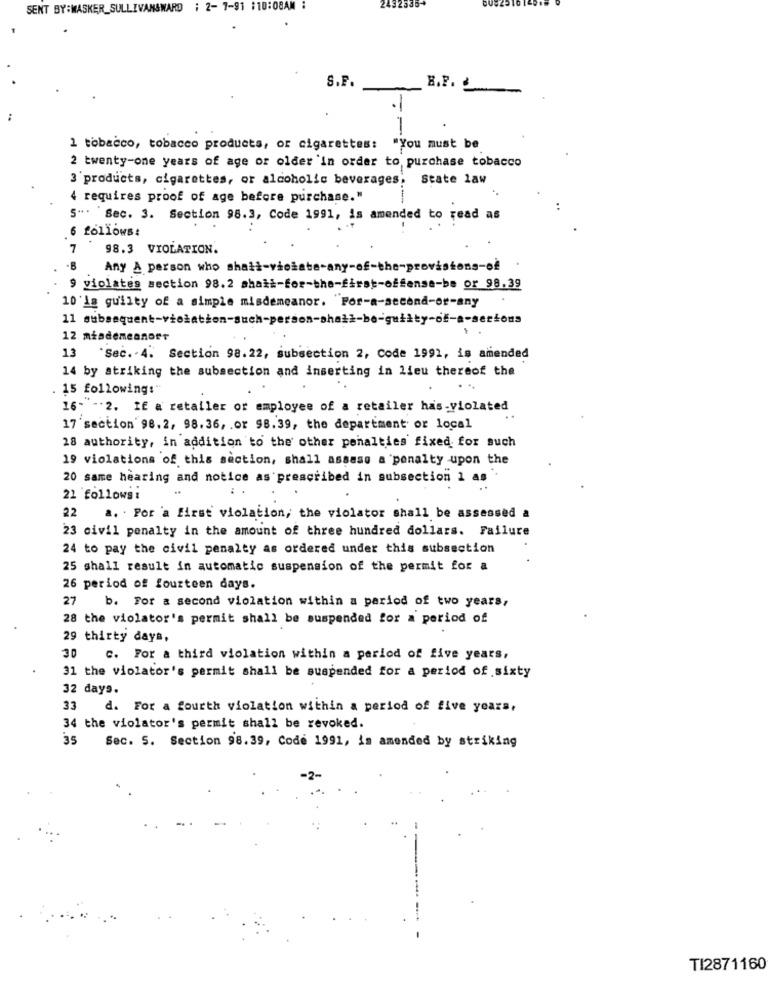
SENT BY:MASKER_SULLIVANSWARD : 2- 7-91 :10:08AM :
2432335-
S.F.
H.F. &
.1
1
1 tobacco, tobacco products, or cigarettes: "You must be
2 twenty-one years of age or older In order to purchase tobacco
3'products, cigarettes, or alcoholic beverages; State law
4 requires proof of age before purchase."
S". "Sec. 3. Section 98.3, Code 1991, is amended to read as
6 follows:
7
98.3 VIOLATION.
Any A person who shat
-of-the-p
ovistons-of
9 violates section 98.2 ahait-for-the-first-offense-be or 98.39
10'la guilty of a simple misdemeanor. Por-a-second-or-any
12 misdemeanort
13
*Sec. - 4. Section 98.22, subsection 2, Code 1991, is amended
14 by striking the subsection and inserting in lieu thereof the
15 following:"
16- -. 2. If a retailer or employee of a retailer has-violated
17 section 98.2, 98.36, or 98.39, the department or local
28 authority, in addition to the other penalties fixed for such
19 violations of this section, shall assass a penalty upon the
20 same hearing and notice as prescribed in subsection 1 as
21 follows:
22
a. . Por 'a first violation, the violator shall be assessed a
23 civil penalty in the amount of three hundred dollars. Failure
24 to pay the civil penalty as ordered under this subsection
25 shall result in automatic suspension of the permit for a
26 period of fourteen days.
27
b. For a second violation within a period of two years,
28 the violator's permit shall be suspended for a period of
29 thirty days,
30
C. For a third violation within a period of five years,
31 the violator's permit shall be suspended for a period of sixty
32 days.
33
d. For a fourth violation within a period of five years,
34 the violator's permit shall be revoked.
35
Sec. 5. Section 98.39, Code 1991, is amended by striking
TI2871160